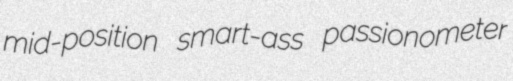
mid-position smart-ass passionometer